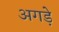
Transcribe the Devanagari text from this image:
अगड़े